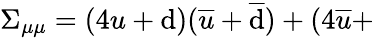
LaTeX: \Sigma_{\mu\mu}=(4u+\mathrm{d})(\overline{{{{u}}}}+\overline{{{{\mathrm{d}}}}})+(4\overline{{{{u}}}}+